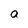
Character: a